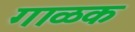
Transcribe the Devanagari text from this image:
गाळक